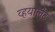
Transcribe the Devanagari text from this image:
व्हयालेट